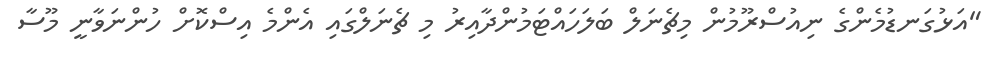
"އަޅުގަނޑުމެންގެ ނިއުސްރޫމުން މިޗެނަލް ބަލަހައްޓަމުންދާއިރު މި ޗެނަލްގައި އެންމެ އިސްކޮށް ހުންނަވާނީ މޫސާ